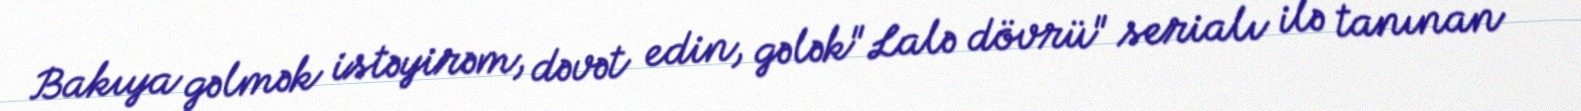
Bakıya gəlmək istəyirəm, dəvət edin, gələk"Lalə dövrü" serialı ilə tanınan